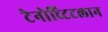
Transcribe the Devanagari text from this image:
टेनोच्टिटलान